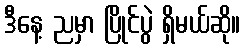
ဒီနေ့ ညမှာ ပြိုင်ပွဲ ရှိမယ်ဆို။